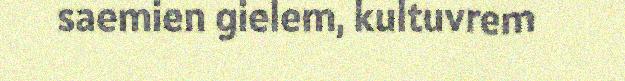
saemien gielem, kultuvrem